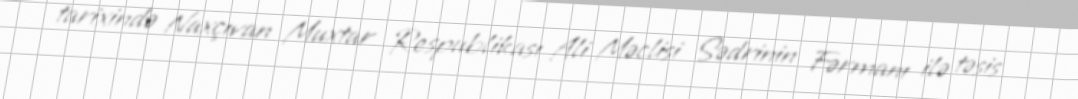
tarixində Naxçıvan Muxtar Respublikası Ali Məclisi Sədrinin Fərmanı ilə təsis